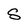
Character: s